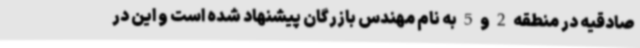
صادقیه در منطقه 2 و 5 به نام مهندس بازرگان پیشنهاد شده است و این در